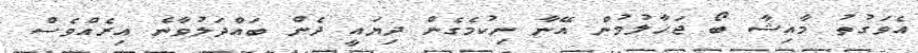
އެވަގުތު މާއިޝާ ބޯ ޖަހާލުމުން އޭނާ ނިކުމެގެން ދިޔައީ ދެން ބައްދަލުވާނެ އިރެއްވެސް